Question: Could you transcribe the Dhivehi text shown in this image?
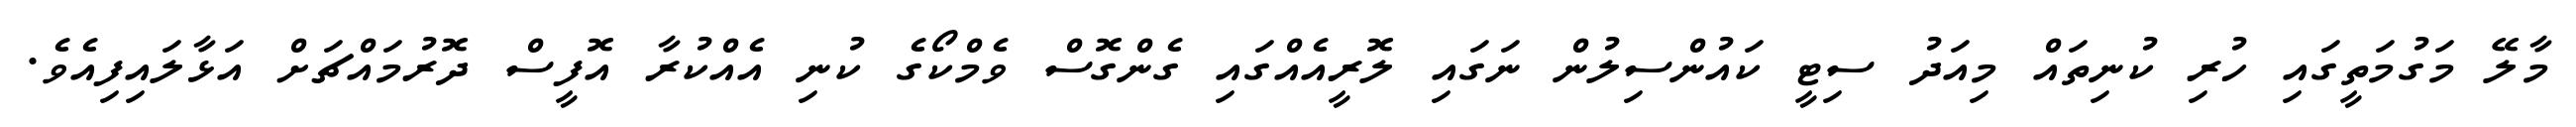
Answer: މާލޭ މަގުމަތީގައި ހުރި ކުނިތައް މިއަދު ސިޓީ ކައުންސިލުން ނަގައި ލޮރީއެއްގައި ގެންގޮސް ވެމްކޯގެ ކުނި އެއްކުރާ އޮފީސް ދޮރުމައްޗަށް އަޅާލައިފިއެވެ.